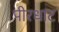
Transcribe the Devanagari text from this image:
पीरधाट